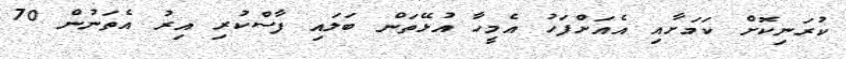
ކުރަނިކޮށް ކަމަށާއި އެއަށްފަހު އެމީހާ އުޅޭތަން ބަލައި ފާސްކުރި އިރު އެތަނުން 70